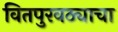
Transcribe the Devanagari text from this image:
वितपुरवठ्याचा